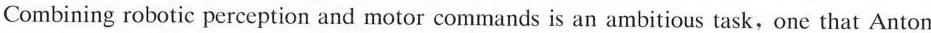
Combining robotic perception and motor commands is an ambitious task,one that Anton